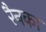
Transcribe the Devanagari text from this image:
रैनका